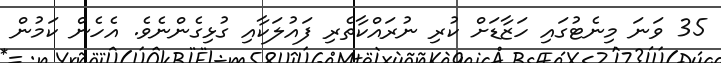
35 ވަނަ މިނެޓުގައި ހަޒާޑަށް ކުރި ނުރައްކާތެރި ފައުލަކާއި ގުޅިގެންނެވެ. އެހެން ކަމުން